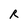
Character: R